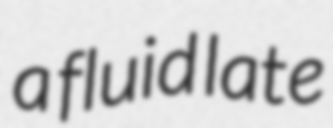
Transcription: a fluid late